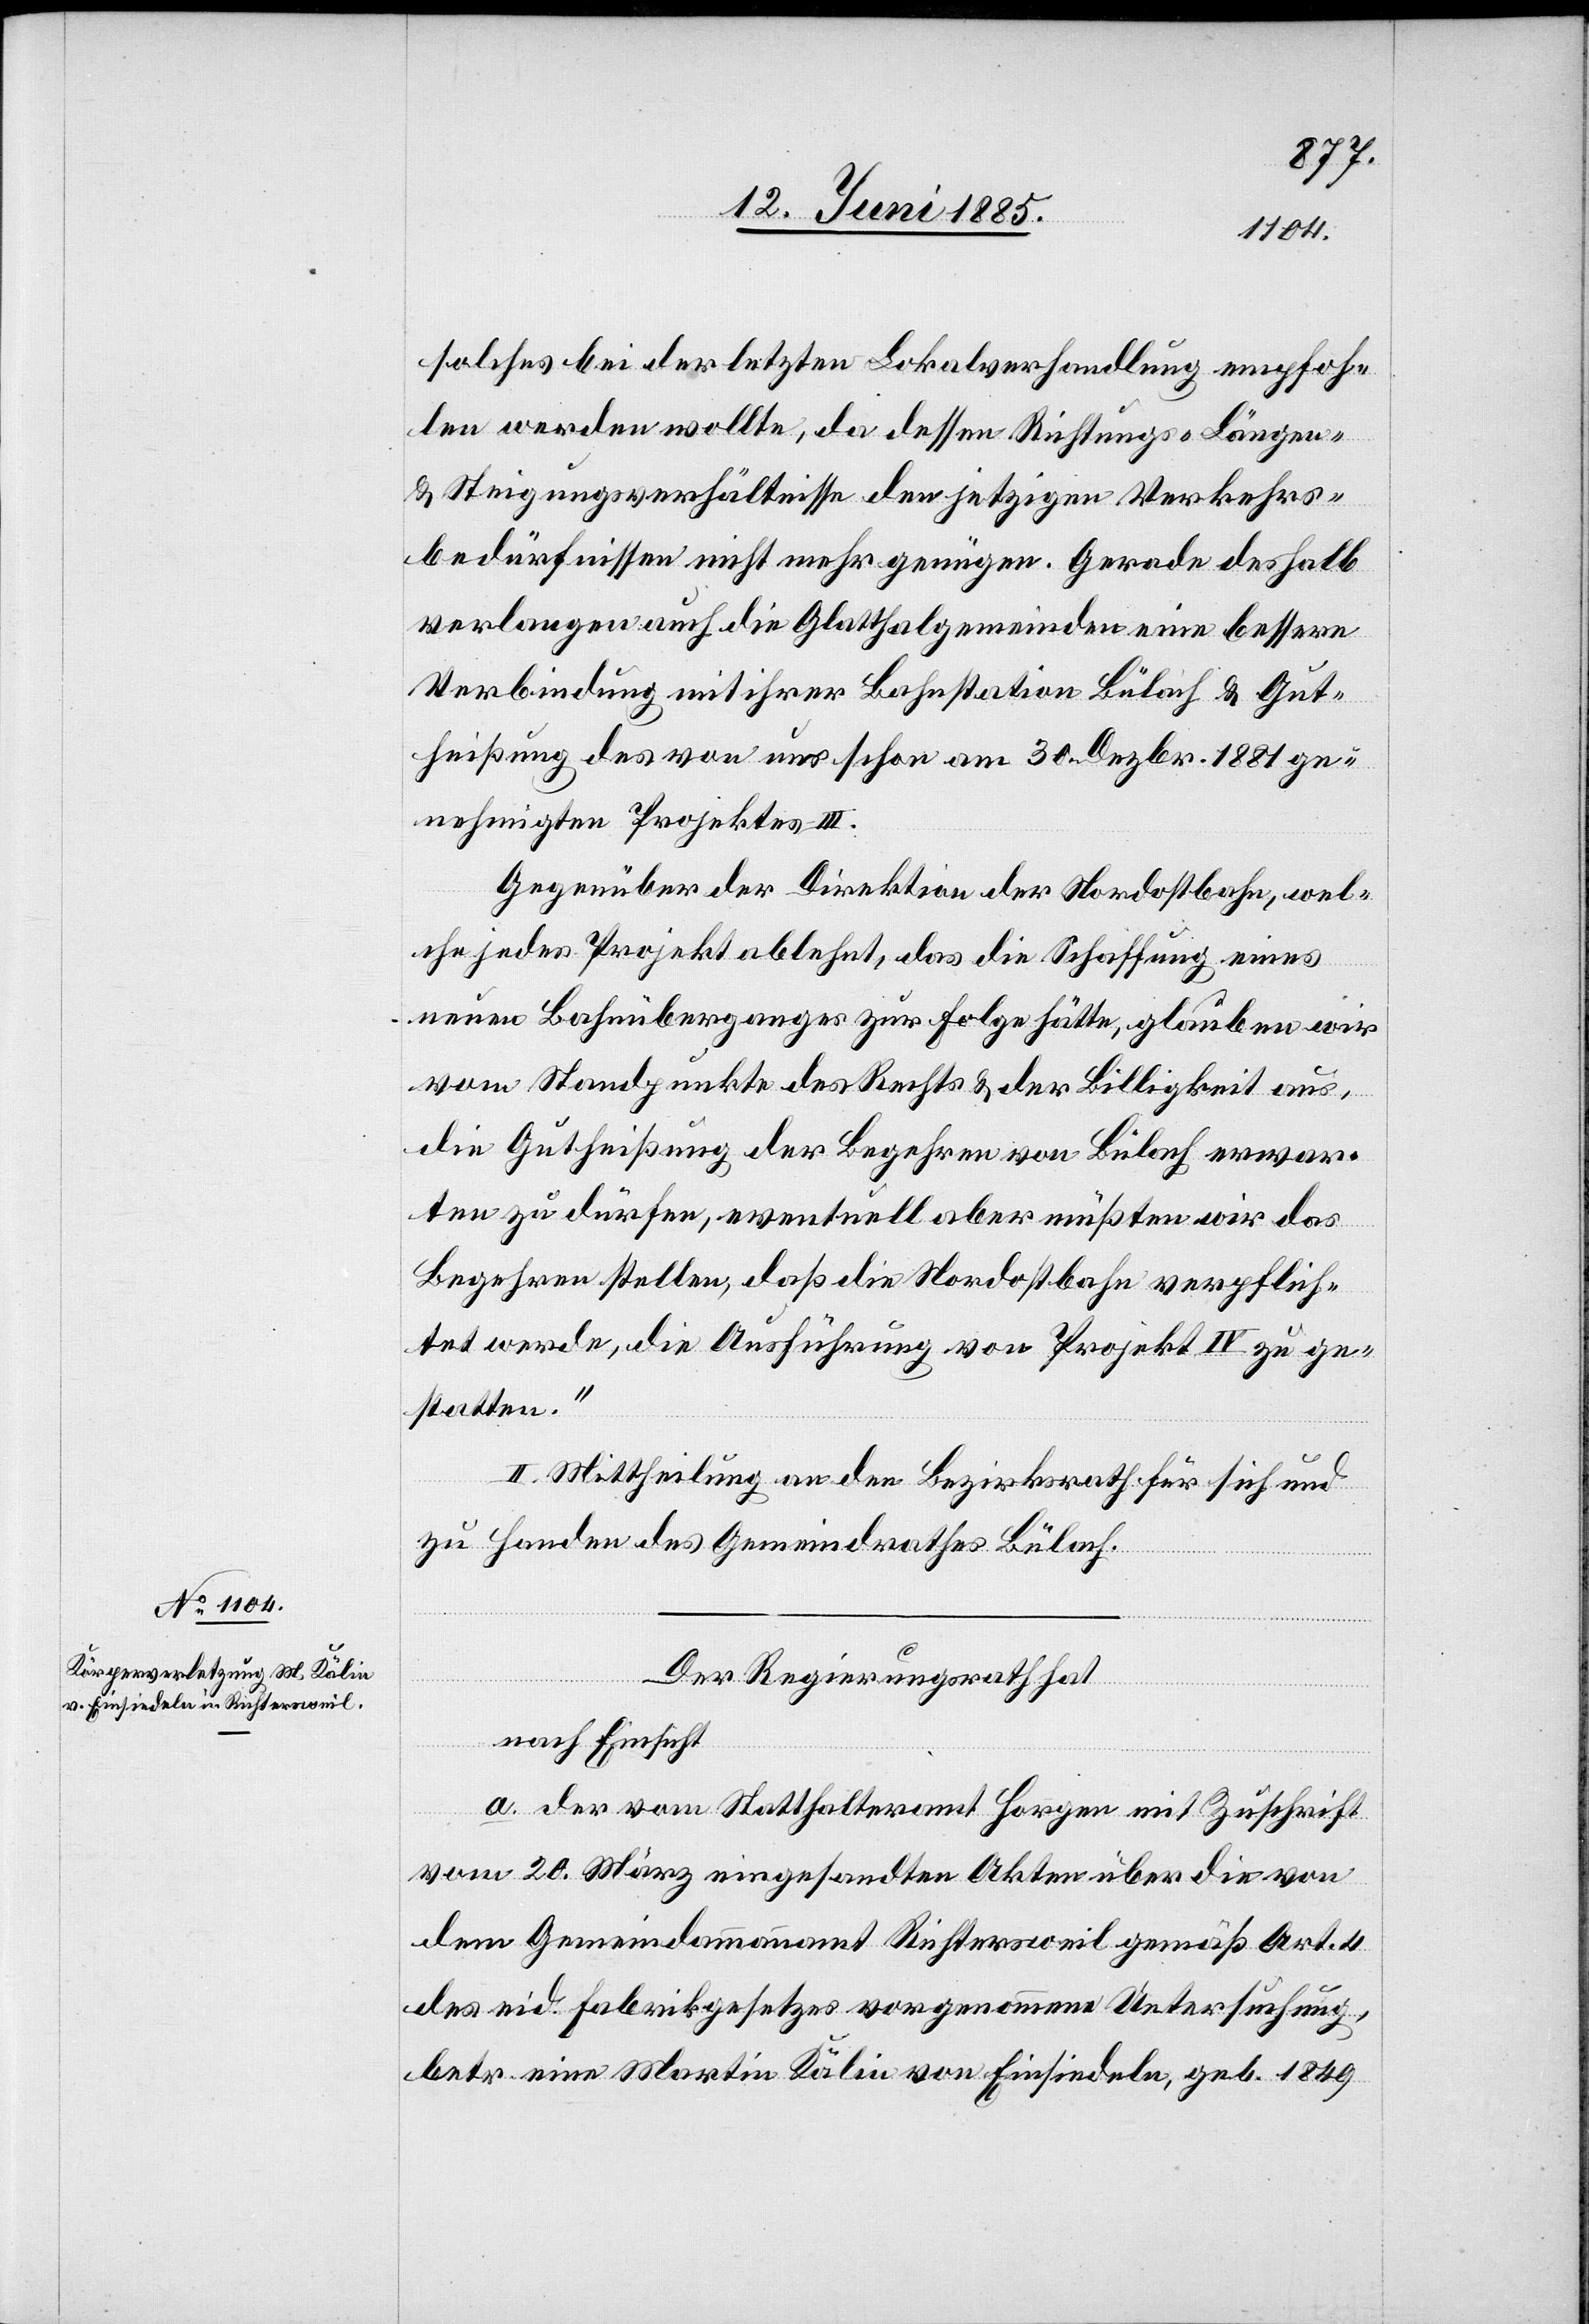
solches bei der letzten Lokalverhandlung empfoh¬
len werden wollte, da dessen Richtungs-[,] Längen-
& Steigungsverhältnisse den jetzigen Verkehrs¬
bedürfnissen nicht mehr genügen. Gerade deshalb
verlangen auch die Glatthalgemeinden eine bessere
Verbindung mit ihrer Bahnstation Bülach & Gut¬
heißung des von uns schon am 30. Dezbr. 1881 ge¬
nehmigten Projektes III.
Gegenüber der Direktion der Nordostbahn, wel¬
che jedes Projekt ablehnt, das die Schaffung eines
neuen Bahnüberganges zur Folge hätte, glauben wir
vom Standpunkte des Rechts & der Billigkeit aus,
die Gutheißung der Begehren von Bülach erwar¬
ten zu dürfen, eventuell aber müßten wir das
Begehren stellen, daß die Nordostbahn verpflich¬
tet werde, die Ausführung von Projekt IV zu ge¬
statten.“
II. Mittheilung an den Bezirksrath für sich und
zu Handen des Gemeindrathes Bülach.
Der Regierungsrath hat,
nach Einsicht
a. der vom Statthalteramt Horgen mit Zuschrift
vom 20. März eingesandten Akten über die von
dem Gemeindeammannamt Richtersweil gemäß Art. 4
des eid. Fabrikgesetzes vorgenommene Untersuchung,
betr. eine Martin Kälin von Einsiedeln, geb. 1849